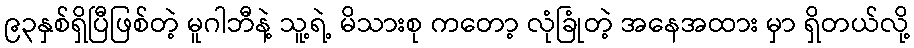
၉၃နှစ်ရှိပြီဖြစ်တဲ့ မူဂါဘီနဲ့ သူ့ရဲ့ မိသားစု ကတော့ လုံခြုံတဲ့ အနေအထား မှာ ရှိတယ်လို့